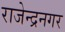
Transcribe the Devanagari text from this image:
राजेन्द्रनगर